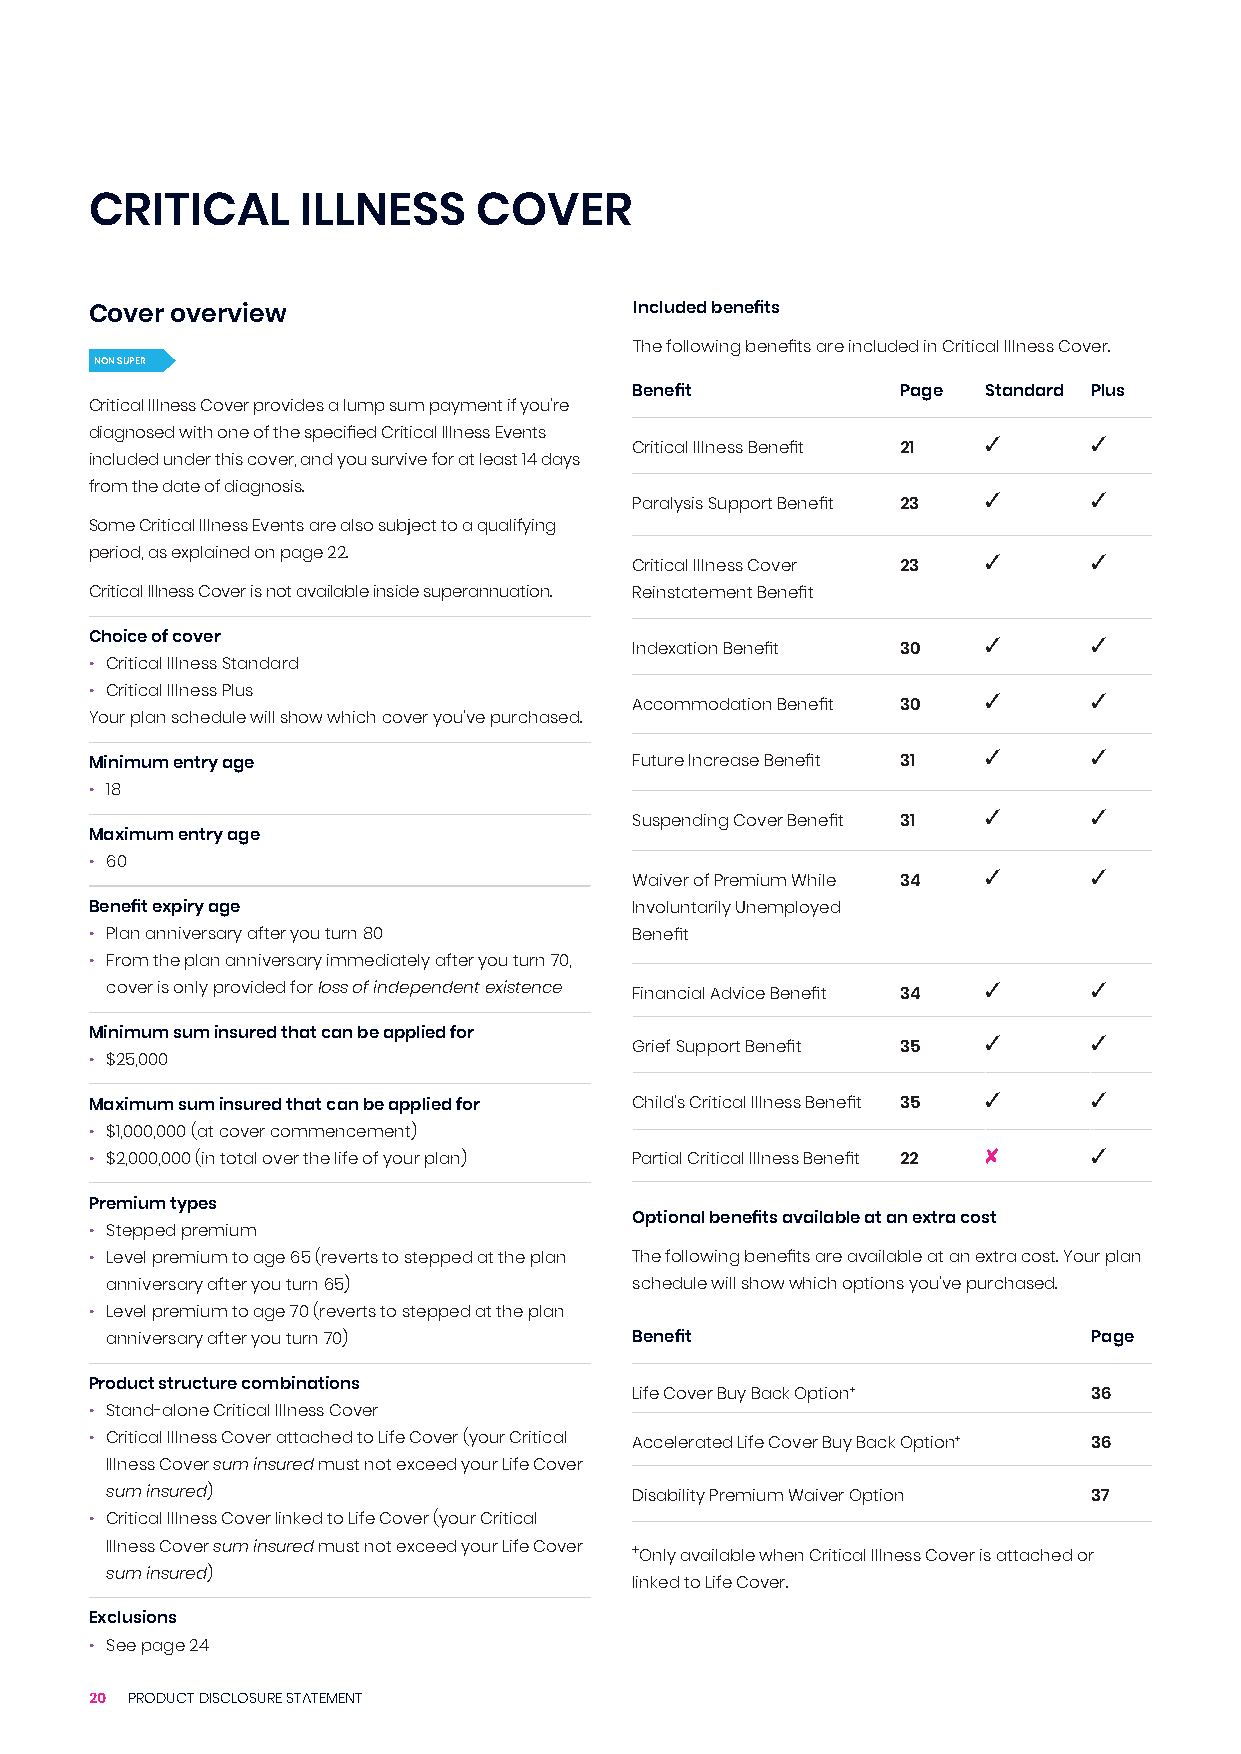
CRITICAL      ILLNESS     COVER
 Cover overview                      Included benefits
 The following benefits are included in Critical Illness Cover.
 NON SUPER
 Benefit           Page Standard Plus
 Critical Illness Cover provides a lump sum payment if you’re
 diagnosed with one of the specified Critical Illness Events 3     3
 Critical Illness Benefit 21
 included under this cover, and you survive for at least 14 days
 from the date of diagnosis.                                3      3
 Paralysis Support Benefit 23
 Some Critical Illness Events are also subject to a qualifying
 period, as explained on page 22.                           3      3
 Critical Illness Cover 23
 Critical Illness Cover is not available inside superannuation. Reinstatement Benefit
 Choice of cover                                            3      3
 Indexation Benefit 30
 • Critical Illness Standard
 • Critical Illness Plus                                    3      3
 Accommodation Benefit 30
 Your plan schedule will show which cover you’ve purchased.
 3      3
 Minimum entry age                   Future Increase Benefit 31
 • 18
 3      3
 Suspending Cover Benefit 31
 Maximum entry age
 • 60
 3      3
 Waiver of Premium While 34
 Benefit expiry age                  Involuntarily Unemployed
 • Plan anniversary after you turn 80 Benefit
 • From the plan anniversary immediately after you turn 70,
 3      3
 cover is only provided for loss of independent existence Financial Advice Benefit 34
 Minimum sum insured that can be applied for                3      3
 Grief Support Benefit 35
 • $25,000
 3      3
 Maximum sum insured that can be applied for Child’s Critical Illness Benefit 35
 • $1,000,000 (at cover commencement)
 8      3
 • $2,000,000 (in total over the life of your plan) Partial Critical Illness Benefit 22
 Premium types
 Optional benefits available at an extra cost
 • Stepped premium
 • Level premium to age 65 (reverts to stepped at the plan The following benefits are available at an extra cost. Your plan
 anniversary after you turn 65)     schedule will show which options you’ve purchased.
 • Level premium to age 70 (reverts to stepped at the plan
 anniversary after you turn 70)     Benefit                       Page
 Product structure combinations
 Life Cover Buy Back Option+   36
 • Stand-alone Critical Illness Cover
 • Critical Illness Cover attached to Life Cover (your Critical Accelerated Life Cover Buy Back Option+ 36
 Illness Cover sum insured must not exceed your Life Cover
 sum insured)                       Disability Premium Waiver Option 37
 • Critical Illness Cover linked to Life Cover (your Critical
 Illness Cover sum insured must not exceed your Life Cover +Only available when Critical Illness Cover is attached or
 sum insured)
 linked to Life Cover.
 Exclusions
 • See page 24
 20 PRODUCT DISCLOSURE STATEMENT